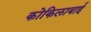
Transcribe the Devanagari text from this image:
कोकिलाबाई